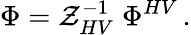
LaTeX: \Phi={\cal Z}_{HV}^{-1}\; \Phi^{HV}\, .